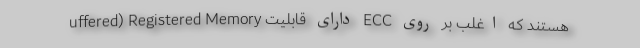
uffered) Registered Memory دارای قابلیت ECC هستند که اغلب بر روی